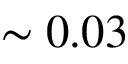
\sim 0 . 0 3